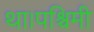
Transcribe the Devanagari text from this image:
था।पश्चिमी